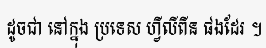
ដូចជា នៅក្នុង ប្រទេស ហ្វីលីពីន ផងដែរ ។